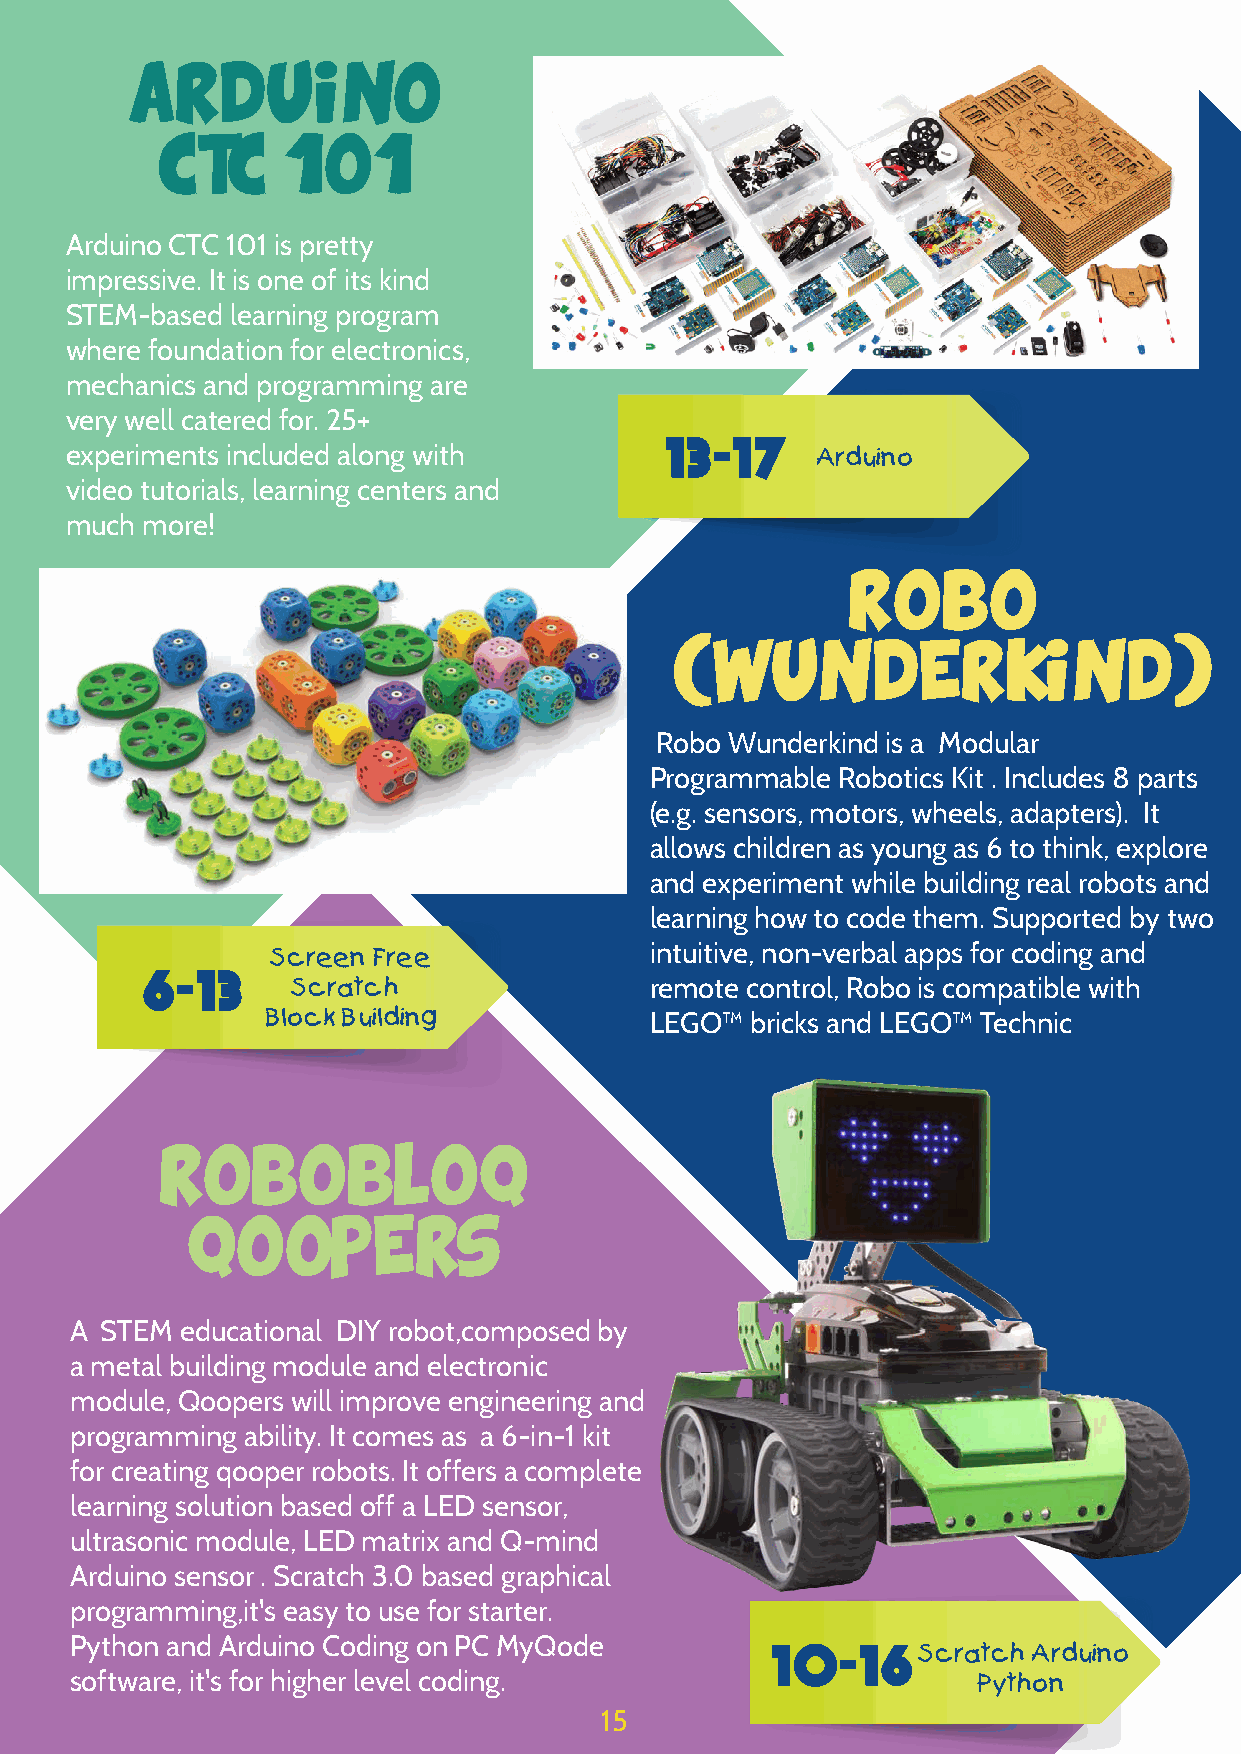
ARDUINO
 CTC      101
 Arduino CTC 101 is pretty
 impressive. It is one of its kind
 STEM-based learning program
 where foundation for electronics,
 mechanics and programming are
 very well catered for. 25+
 13-17
 experiments included along with                   Arduino
 video tutorials, learning centers and
 much more!
 ROBO
 (WUNDERKIND)
 Robo Wunderkind is a Modular
 Programmable Robotics Kit . Includes 8 parts
 (e.g. sensors, motors, wheels, adapters). It
 allows children as young as 6 to think, explore
 and experiment while building real robots and
 learning how to code them. Supported by two
 intuitive, non-verbal apps for coding and
 Screen Free
 6-13
 Scratch                 remote control, Robo is compatible with
 Block Building           LEGO™  bricks and LEGO™ Technic
 ROBOBLOQ
 QOOPERS
 A STEM educational DIY robot,composed by
 a metal building module and electronic
 module, Qoopers will improve engineering and
 programming ability. It comes as a 6-in-1 kit
 for creating qooper robots. It offers a complete
 learning solution based off a LED sensor,
 ultrasonic module, LED matrix and Q-mind
 Arduino sensor . Scratch 3.0 based graphical
 programming,it's easy to use for starter.
 Python and Arduino Coding on PC MyQode        10-16
 Scratch Arduino
 software, it's for higher level coding.                     Python
 15